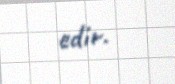
edir.